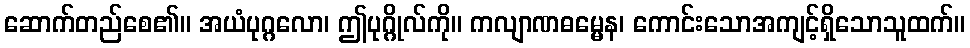
ဆောက်တည်စေ၏။ အယံပုဂ္ဂလော၊ ဤပုဂ္ဂိုလ်ကို။ ကလျာဏဓမ္မေန၊ ကောင်းသောအကျင့်ရှိသောသူထက်။